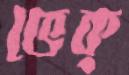
ভেক্